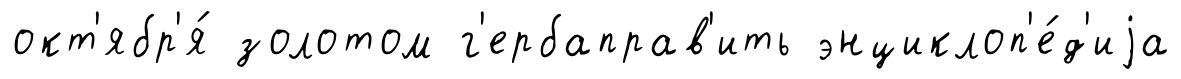
окт'ябр'я́ золотом г'ербаправ'ить энциклоп'е́д'иjа